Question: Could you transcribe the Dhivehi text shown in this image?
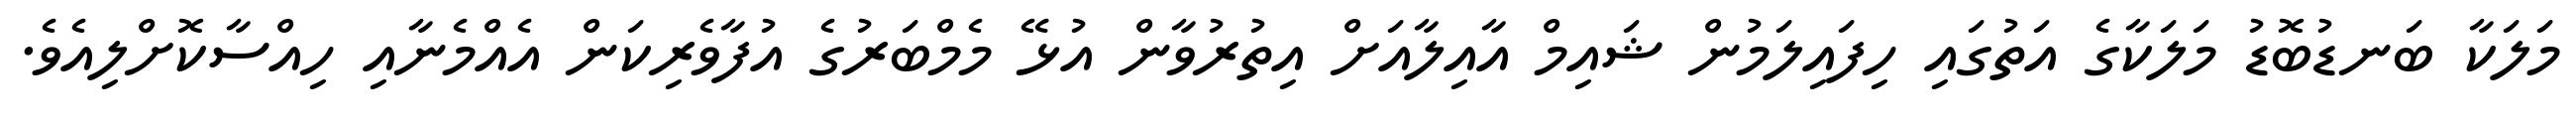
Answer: މަލަކާ ބަނޑުބޮޑު މަލަކާގެ އަތުގައި ހިފައިލަމުން ޝައިމް އާއިލާއަށް އިތުރުވާން އުޅޭ މެމްބަރުގެ އުފާވެރިކަން އެއްމެނާއި ހިއްސާކޮށްލިއެވެ.